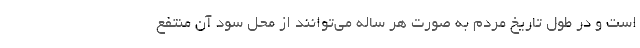
است و در طول تاریخ مردم به صورت هر ساله می‌توانند از محل سود آن منتفع